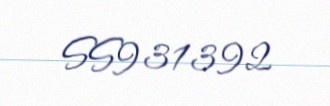
SS931392